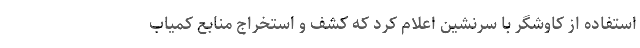
استفاده از کاوشگر با سرنشین اعلام کرد که کشف و استخراج منابع کمیاب